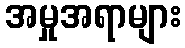
အမှုအရာများ